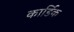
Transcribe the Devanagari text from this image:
कार्डिक